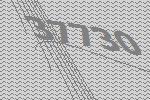
37730